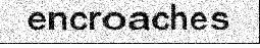
encroaches